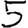
Digit: 5